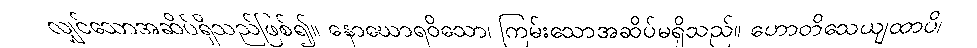
လျှင်သောအဆိပ်ရှိသည်ဖြစ်၍။ နောဃောရဝိသော၊ ကြမ်းသောအဆိပ်မရှိသည်။ ဟောတိသေယျထာပိ၊